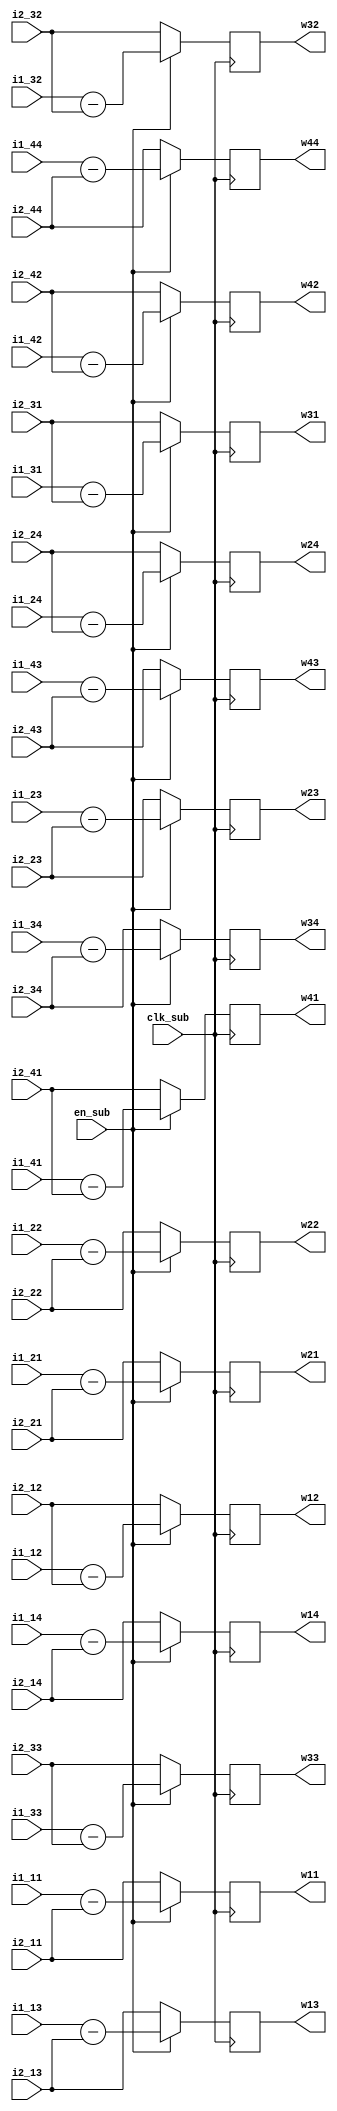
module SUBTRACTOR (
    input clk_sub,
    input en_sub,

    // mean
    input signed [25:0] i1_11, i1_12, i1_13, i1_14,
    input signed [25:0] i1_21, i1_22, i1_23, i1_24,
    input signed [25:0] i1_31, i1_32, i1_33, i1_34,
    input signed [25:0] i1_41, i1_42, i1_43, i1_44,
    // 3w
    input signed [25:0] i2_11, i2_12, i2_13, i2_14,
    input signed [25:0] i2_21, i2_22, i2_23, i2_24,
    input signed [25:0] i2_31, i2_32, i2_33, i2_34,
    input signed [25:0] i2_41, i2_42, i2_43, i2_44,

    output reg signed [25:0] w11, w12, w13, w14,
    output reg signed [25:0] w21, w22, w23, w24,
    output reg signed [25:0] w31, w32, w33, w34,
    output reg signed [25:0] w41, w42, w43, w44
);

always @(posedge clk_sub) begin
    if (en_sub) begin
        w11 <= i1_11 - i2_11;
        w12 <= i1_12 - i2_12;
        w13 <= i1_13 - i2_13;
        w14 <= i1_14 - i2_14;
        w21 <= i1_21 - i2_21;
        w22 <= i1_22 - i2_22;
        w23 <= i1_23 - i2_23;
        w24 <= i1_24 - i2_24;
        w31 <= i1_31 - i2_31;
        w32 <= i1_32 - i2_32;
        w33 <= i1_33 - i2_33;
        w34 <= i1_34 - i2_34;
        w41 <= i1_41 - i2_41;
        w42 <= i1_42 - i2_42;
        w43 <= i1_43 - i2_43;
        w44 <= i1_44 - i2_44;
    end else begin
        w11 <= i2_11;
        w12 <= i2_12;
        w13 <= i2_13;
        w14 <= i2_14;
        w21 <= i2_21;
        w22 <= i2_22;
        w23 <= i2_23;
        w24 <= i2_24;
        w31 <= i2_31;
        w32 <= i2_32;
        w33 <= i2_33;
        w34 <= i2_34;
        w41 <= i2_41;
        w42 <= i2_42;
        w43 <= i2_43;
        w44 <= i2_44;
    end
end
    
endmodule